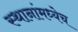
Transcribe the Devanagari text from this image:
स्थानांमध्येच